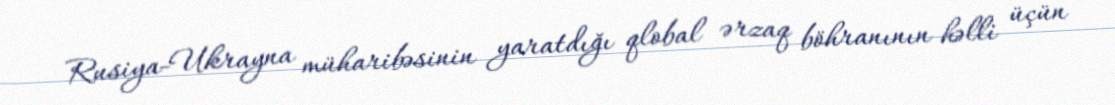
Rusiya-Ukrayna müharibəsinin yaratdığı qlobal ərzaq böhranının həlli üçün